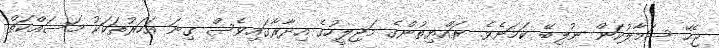
ޖެހޭ ސަމާލުކަން ނުލިބޭ ކަމަށެވެ. ރައްޔިތުންގެ މަޖިލީހުގެ އިދާރާގައިވެސް ގިނަ އަހަރުތަކަކު މަސައްކަތް